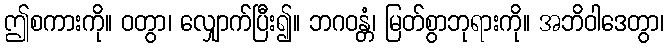
ဤစကားကို။ ဝတွာ၊ လျှောက်ပြီး၍။ ဘဂဝန္တံ၊ မြတ်စွာဘုရားကို။ အဘိဝါဒေတွာ၊